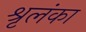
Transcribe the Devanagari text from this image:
श्रृलंका